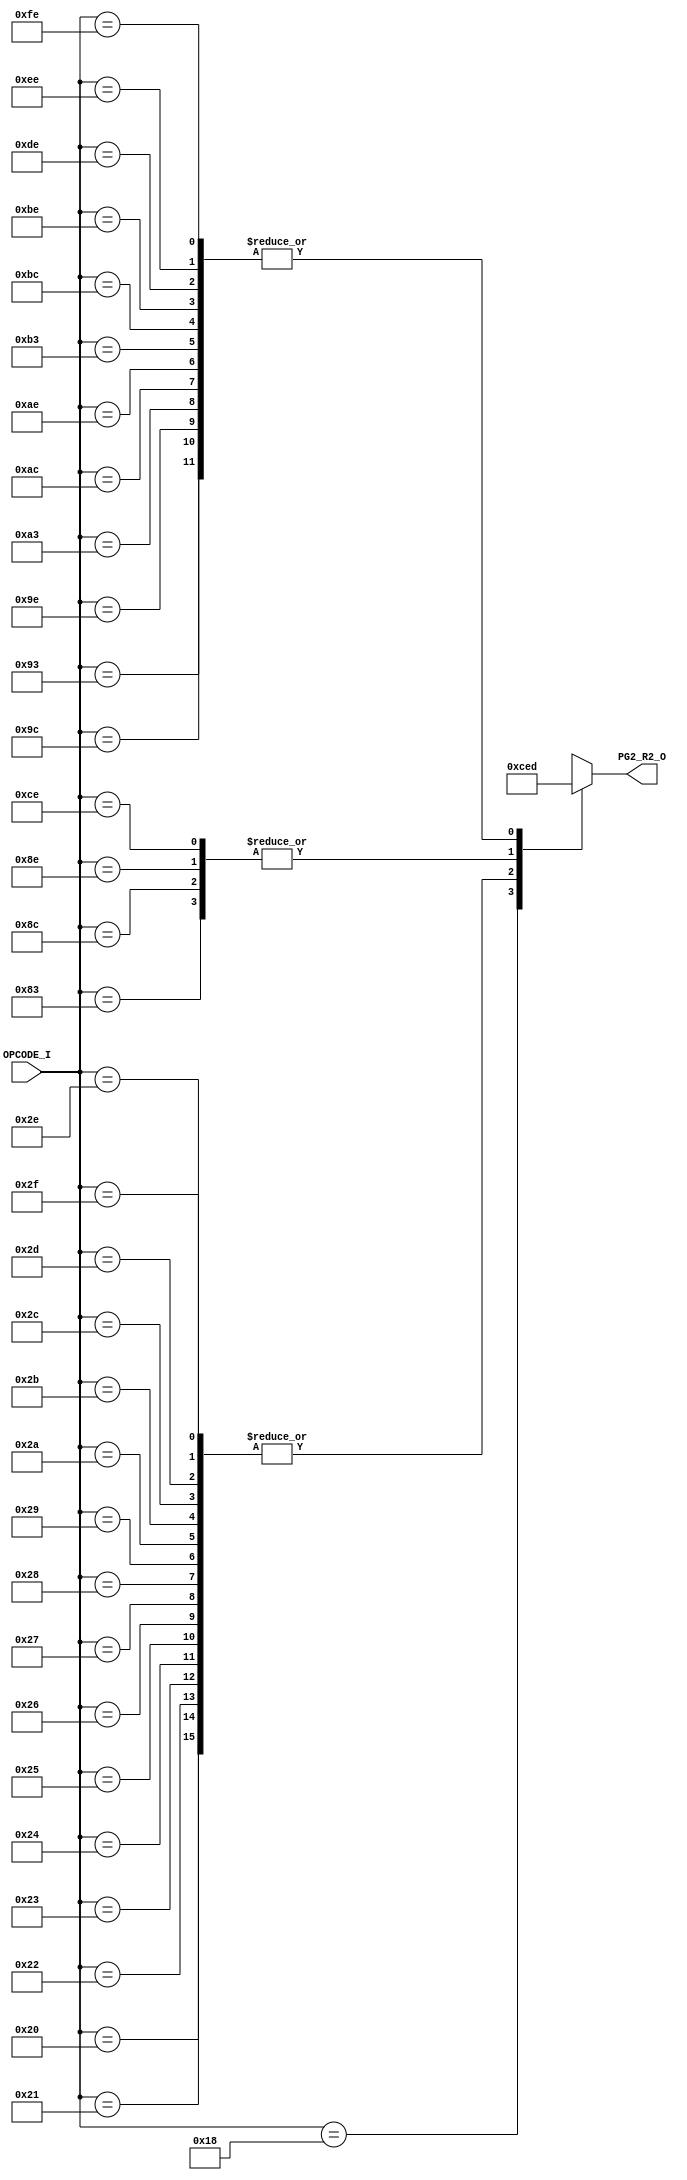
// [TURBO9_DECODE_HEADER_START]
//////////////////////////////////////////////////////////////////////////////
//                          Turbo9 Microprocessor IP
//////////////////////////////////////////////////////////////////////////////
// Website: www.turbo9.org
// Contact: team[at]turbo9[dot]org
//////////////////////////////////////////////////////////////////////////////
// [TURBO9_DECODE_LICENSE_START]
// BSD-1-Clause
//
// Copyright (c) 2020-2023
// Kevin Phillipson
// Michael Rywalt
// All rights reserved.
//
// Redistribution and use in source and binary forms, with or without
// modification, are permitted provided that the following conditions are met:
//
// 1. Redistributions of source code must retain the above copyright notice,
//    this list of conditions and the following disclaimer.
//
// THIS SOFTWARE IS PROVIDED BY THE COPYRIGHT HOLDERS AND CONTRIBUTORS "AS IS"
// AND ANY EXPRESS OR IMPLIED WARRANTIES, INCLUDING, BUT NOT LIMITED TO, THE
// IMPLIED WARRANTIES OF MERCHANTABILITY AND FITNESS FOR A PARTICULAR PURPOSE
// ARE DISCLAIMED. IN NO EVENT SHALL THE COPYRIGHT HOLDERS AND CONTRIBUTORS BE
// LIABLE FOR ANY DIRECT, INDIRECT, INCIDENTAL, SPECIAL, EXEMPLARY, OR
// CONSEQUENTIAL DAMAGES (INCLUDING, BUT NOT LIMITED TO, PROCUREMENT OF
// SUBSTITUTE GOODS OR SERVICES; LOSS OF USE, DATA, OR PROFITS; OR BUSINESS
// INTERRUPTION) HOWEVER CAUSED AND ON ANY THEORY OF LIABILITY, WHETHER IN
// CONTRACT, STRICT LIABILITY, OR TORT (INCLUDING NEGLIGENCE OR OTHERWISE)
// ARISING IN ANY WAY OUT OF THE USE OF THIS SOFTWARE, EVEN IF ADVISED OF THE
// POSSIBILITY OF SUCH DAMAGE.
// [TURBO9_DECODE_LICENSE_END]
//////////////////////////////////////////////////////////////////////////////
// Description:
// Assembled from turbo9_urtl.asm file
// built using cv_R2_SEL ctrl_vec
//
//////////////////////////////////////////////////////////////////////////////
// History:
// 07.14.2023 - Kevin Phillipson
//   File header added
//
//////////////////////////////////////////////////////////////////////////////
// [TURBO9_DECODE_HEADER_END]

/////////////////////////////////////////////////////////////////////////////
//                                MODULE
/////////////////////////////////////////////////////////////////////////////
module turbo9_urtl_decode_pg2_R2(
  input      [7:0] OPCODE_I,
  output reg [3:0] PG2_R2_O
);

/////////////////////////////////////////////////////////////////////////////
//                                LOGIC
/////////////////////////////////////////////////////////////////////////////

always @* begin
  case (OPCODE_I)
    8'h18 : PG2_R2_O = 4'h0; // D           IDIVS (inh)
    8'h20 : PG2_R2_O = 4'hc; // EA          LBRA LBRN LBHI LBLS
    8'h21 : PG2_R2_O = 4'hc; // EA          LBRA LBRN LBHI LBLS
    8'h22 : PG2_R2_O = 4'hc; // EA          LBRA LBRN LBHI LBLS
    8'h23 : PG2_R2_O = 4'hc; // EA          LBRA LBRN LBHI LBLS
    8'h24 : PG2_R2_O = 4'hc; // EA          LBCC LBCS LBNE LBEQ
    8'h25 : PG2_R2_O = 4'hc; // EA          LBCC LBCS LBNE LBEQ
    8'h26 : PG2_R2_O = 4'hc; // EA          LBCC LBCS LBNE LBEQ
    8'h27 : PG2_R2_O = 4'hc; // EA          LBCC LBCS LBNE LBEQ
    8'h28 : PG2_R2_O = 4'hc; // EA          LBVC LBVS LBPL LBMI
    8'h29 : PG2_R2_O = 4'hc; // EA          LBVC LBVS LBPL LBMI
    8'h2A : PG2_R2_O = 4'hc; // EA          LBVC LBVS LBPL LBMI
    8'h2B : PG2_R2_O = 4'hc; // EA          LBVC LBVS LBPL LBMI
    8'h2C : PG2_R2_O = 4'hc; // EA          LBGE LBLT LBGT LBLE
    8'h2D : PG2_R2_O = 4'hc; // EA          LBGE LBLT LBGT LBLE
    8'h2E : PG2_R2_O = 4'hc; // EA          LBGE LBLT LBGT LBLE
    8'h2F : PG2_R2_O = 4'hc; // EA          LBGE LBLT LBGT LBLE
    8'h83 : PG2_R2_O = 4'he; // IDATA       CMPD (imm)
    8'h8C : PG2_R2_O = 4'he; // IDATA       CMPY (imm)
    8'h8E : PG2_R2_O = 4'he; // IDATA       LDY (imm)
    8'h93 : PG2_R2_O = 4'hd; // DMEM_RD     CMPD (dir idx ext)
    8'h9C : PG2_R2_O = 4'hd; // DMEM_RD     CMPY (dir idx ext)
    8'h9E : PG2_R2_O = 4'hd; // DMEM_RD     LDY (dir idx ext)
    8'hA3 : PG2_R2_O = 4'hd; // DMEM_RD     CMPD (dir idx ext)
    8'hAC : PG2_R2_O = 4'hd; // DMEM_RD     CMPY (dir idx ext)
    8'hAE : PG2_R2_O = 4'hd; // DMEM_RD     LDY (dir idx ext)
    8'hB3 : PG2_R2_O = 4'hd; // DMEM_RD     CMPD (dir idx ext)
    8'hBC : PG2_R2_O = 4'hd; // DMEM_RD     CMPY (dir idx ext)
    8'hBE : PG2_R2_O = 4'hd; // DMEM_RD     LDY (dir idx ext)
    8'hCE : PG2_R2_O = 4'he; // IDATA       LDS (imm)
    8'hDE : PG2_R2_O = 4'hd; // DMEM_RD     LDS (dir idx ext)
    8'hEE : PG2_R2_O = 4'hd; // DMEM_RD     LDS (dir idx ext)
    8'hFE : PG2_R2_O = 4'hd; // DMEM_RD     LDS (dir idx ext)
    default : PG2_R2_O = 4'hx; // from decode_init
  endcase
end

`ifdef SIM_TURBO9

reg [(8*64):0] PG2_R2_op;

always @* begin
  case (OPCODE_I)
    8'h18 : PG2_R2_op = "IDIVS (inh)";
    8'h20 : PG2_R2_op = "LBRA LBRN LBHI LBLS";
    8'h21 : PG2_R2_op = "LBRA LBRN LBHI LBLS";
    8'h22 : PG2_R2_op = "LBRA LBRN LBHI LBLS";
    8'h23 : PG2_R2_op = "LBRA LBRN LBHI LBLS";
    8'h24 : PG2_R2_op = "LBCC LBCS LBNE LBEQ";
    8'h25 : PG2_R2_op = "LBCC LBCS LBNE LBEQ";
    8'h26 : PG2_R2_op = "LBCC LBCS LBNE LBEQ";
    8'h27 : PG2_R2_op = "LBCC LBCS LBNE LBEQ";
    8'h28 : PG2_R2_op = "LBVC LBVS LBPL LBMI";
    8'h29 : PG2_R2_op = "LBVC LBVS LBPL LBMI";
    8'h2A : PG2_R2_op = "LBVC LBVS LBPL LBMI";
    8'h2B : PG2_R2_op = "LBVC LBVS LBPL LBMI";
    8'h2C : PG2_R2_op = "LBGE LBLT LBGT LBLE";
    8'h2D : PG2_R2_op = "LBGE LBLT LBGT LBLE";
    8'h2E : PG2_R2_op = "LBGE LBLT LBGT LBLE";
    8'h2F : PG2_R2_op = "LBGE LBLT LBGT LBLE";
    8'h83 : PG2_R2_op = "CMPD (imm)";
    8'h8C : PG2_R2_op = "CMPY (imm)";
    8'h8E : PG2_R2_op = "LDY (imm)";
    8'h93 : PG2_R2_op = "CMPD (dir idx ext)";
    8'h9C : PG2_R2_op = "CMPY (dir idx ext)";
    8'h9E : PG2_R2_op = "LDY (dir idx ext)";
    8'hA3 : PG2_R2_op = "CMPD (dir idx ext)";
    8'hAC : PG2_R2_op = "CMPY (dir idx ext)";
    8'hAE : PG2_R2_op = "LDY (dir idx ext)";
    8'hB3 : PG2_R2_op = "CMPD (dir idx ext)";
    8'hBC : PG2_R2_op = "CMPY (dir idx ext)";
    8'hBE : PG2_R2_op = "LDY (dir idx ext)";
    8'hCE : PG2_R2_op = "LDS (imm)";
    8'hDE : PG2_R2_op = "LDS (dir idx ext)";
    8'hEE : PG2_R2_op = "LDS (dir idx ext)";
    8'hFE : PG2_R2_op = "LDS (dir idx ext)";
    default : PG2_R2_op = "invalid";
  endcase
end

reg [(8*64):0] PG2_R2_eq;

always @* begin
  case (OPCODE_I)
    8'h18 : PG2_R2_eq = "D";
    8'h20 : PG2_R2_eq = "EA";
    8'h21 : PG2_R2_eq = "EA";
    8'h22 : PG2_R2_eq = "EA";
    8'h23 : PG2_R2_eq = "EA";
    8'h24 : PG2_R2_eq = "EA";
    8'h25 : PG2_R2_eq = "EA";
    8'h26 : PG2_R2_eq = "EA";
    8'h27 : PG2_R2_eq = "EA";
    8'h28 : PG2_R2_eq = "EA";
    8'h29 : PG2_R2_eq = "EA";
    8'h2A : PG2_R2_eq = "EA";
    8'h2B : PG2_R2_eq = "EA";
    8'h2C : PG2_R2_eq = "EA";
    8'h2D : PG2_R2_eq = "EA";
    8'h2E : PG2_R2_eq = "EA";
    8'h2F : PG2_R2_eq = "EA";
    8'h83 : PG2_R2_eq = "IDATA";
    8'h8C : PG2_R2_eq = "IDATA";
    8'h8E : PG2_R2_eq = "IDATA";
    8'h93 : PG2_R2_eq = "DMEM_RD";
    8'h9C : PG2_R2_eq = "DMEM_RD";
    8'h9E : PG2_R2_eq = "DMEM_RD";
    8'hA3 : PG2_R2_eq = "DMEM_RD";
    8'hAC : PG2_R2_eq = "DMEM_RD";
    8'hAE : PG2_R2_eq = "DMEM_RD";
    8'hB3 : PG2_R2_eq = "DMEM_RD";
    8'hBC : PG2_R2_eq = "DMEM_RD";
    8'hBE : PG2_R2_eq = "DMEM_RD";
    8'hCE : PG2_R2_eq = "IDATA";
    8'hDE : PG2_R2_eq = "DMEM_RD";
    8'hEE : PG2_R2_eq = "DMEM_RD";
    8'hFE : PG2_R2_eq = "DMEM_RD";
    default : PG2_R2_eq = "invalid";
  endcase
end

`endif

/////////////////////////////////////////////////////////////////////////////

endmodule